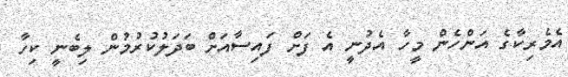
އެމެރިކާގެ އަންހެން މީހާ އެދުނީ އެ ފަށް ފައިސާއަށް ބަދަލުކުރުމުން ލިބެނީ ކިހާ